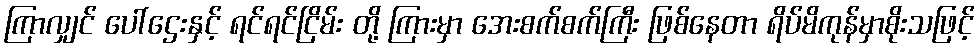
ကြာလျှင် ပေါ်ဌေးနှင့် ရင်ရင်ငြိမ်း တို့ ကြားမှာ အေးစက်စက်ကြီး ဖြစ်နေတာ ရိပ်မိကုန်မှာစိုးသဖြင့်